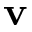
\mathbf { v }